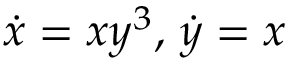
\dot { x } = x y ^ { 3 } , \, \dot { y } = x